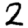
Digit: 2